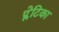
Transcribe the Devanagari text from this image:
प्लेटिका